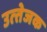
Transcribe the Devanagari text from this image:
उत्‍तेजक